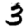
Digit: 3